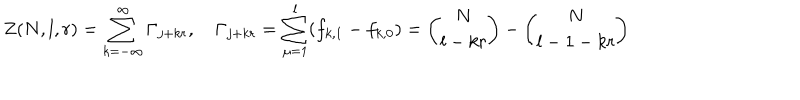
LaTeX: Z ( N , l , r ) = \sum _ { k = - \infty } ^ { \infty } \Gamma _ { j + k r } , \quad \Gamma _ { j + k r } = \sum _ { \mu = 1 } ^ { l } ( f _ { k , 1 } - f _ { k , 0 } ) = { \binom { N } { l - k r } } - { \binom { N } { l - 1 - k r } }